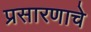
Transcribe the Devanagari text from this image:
प्रसारणाचे